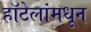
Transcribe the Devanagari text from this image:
हॉटेलांमधून